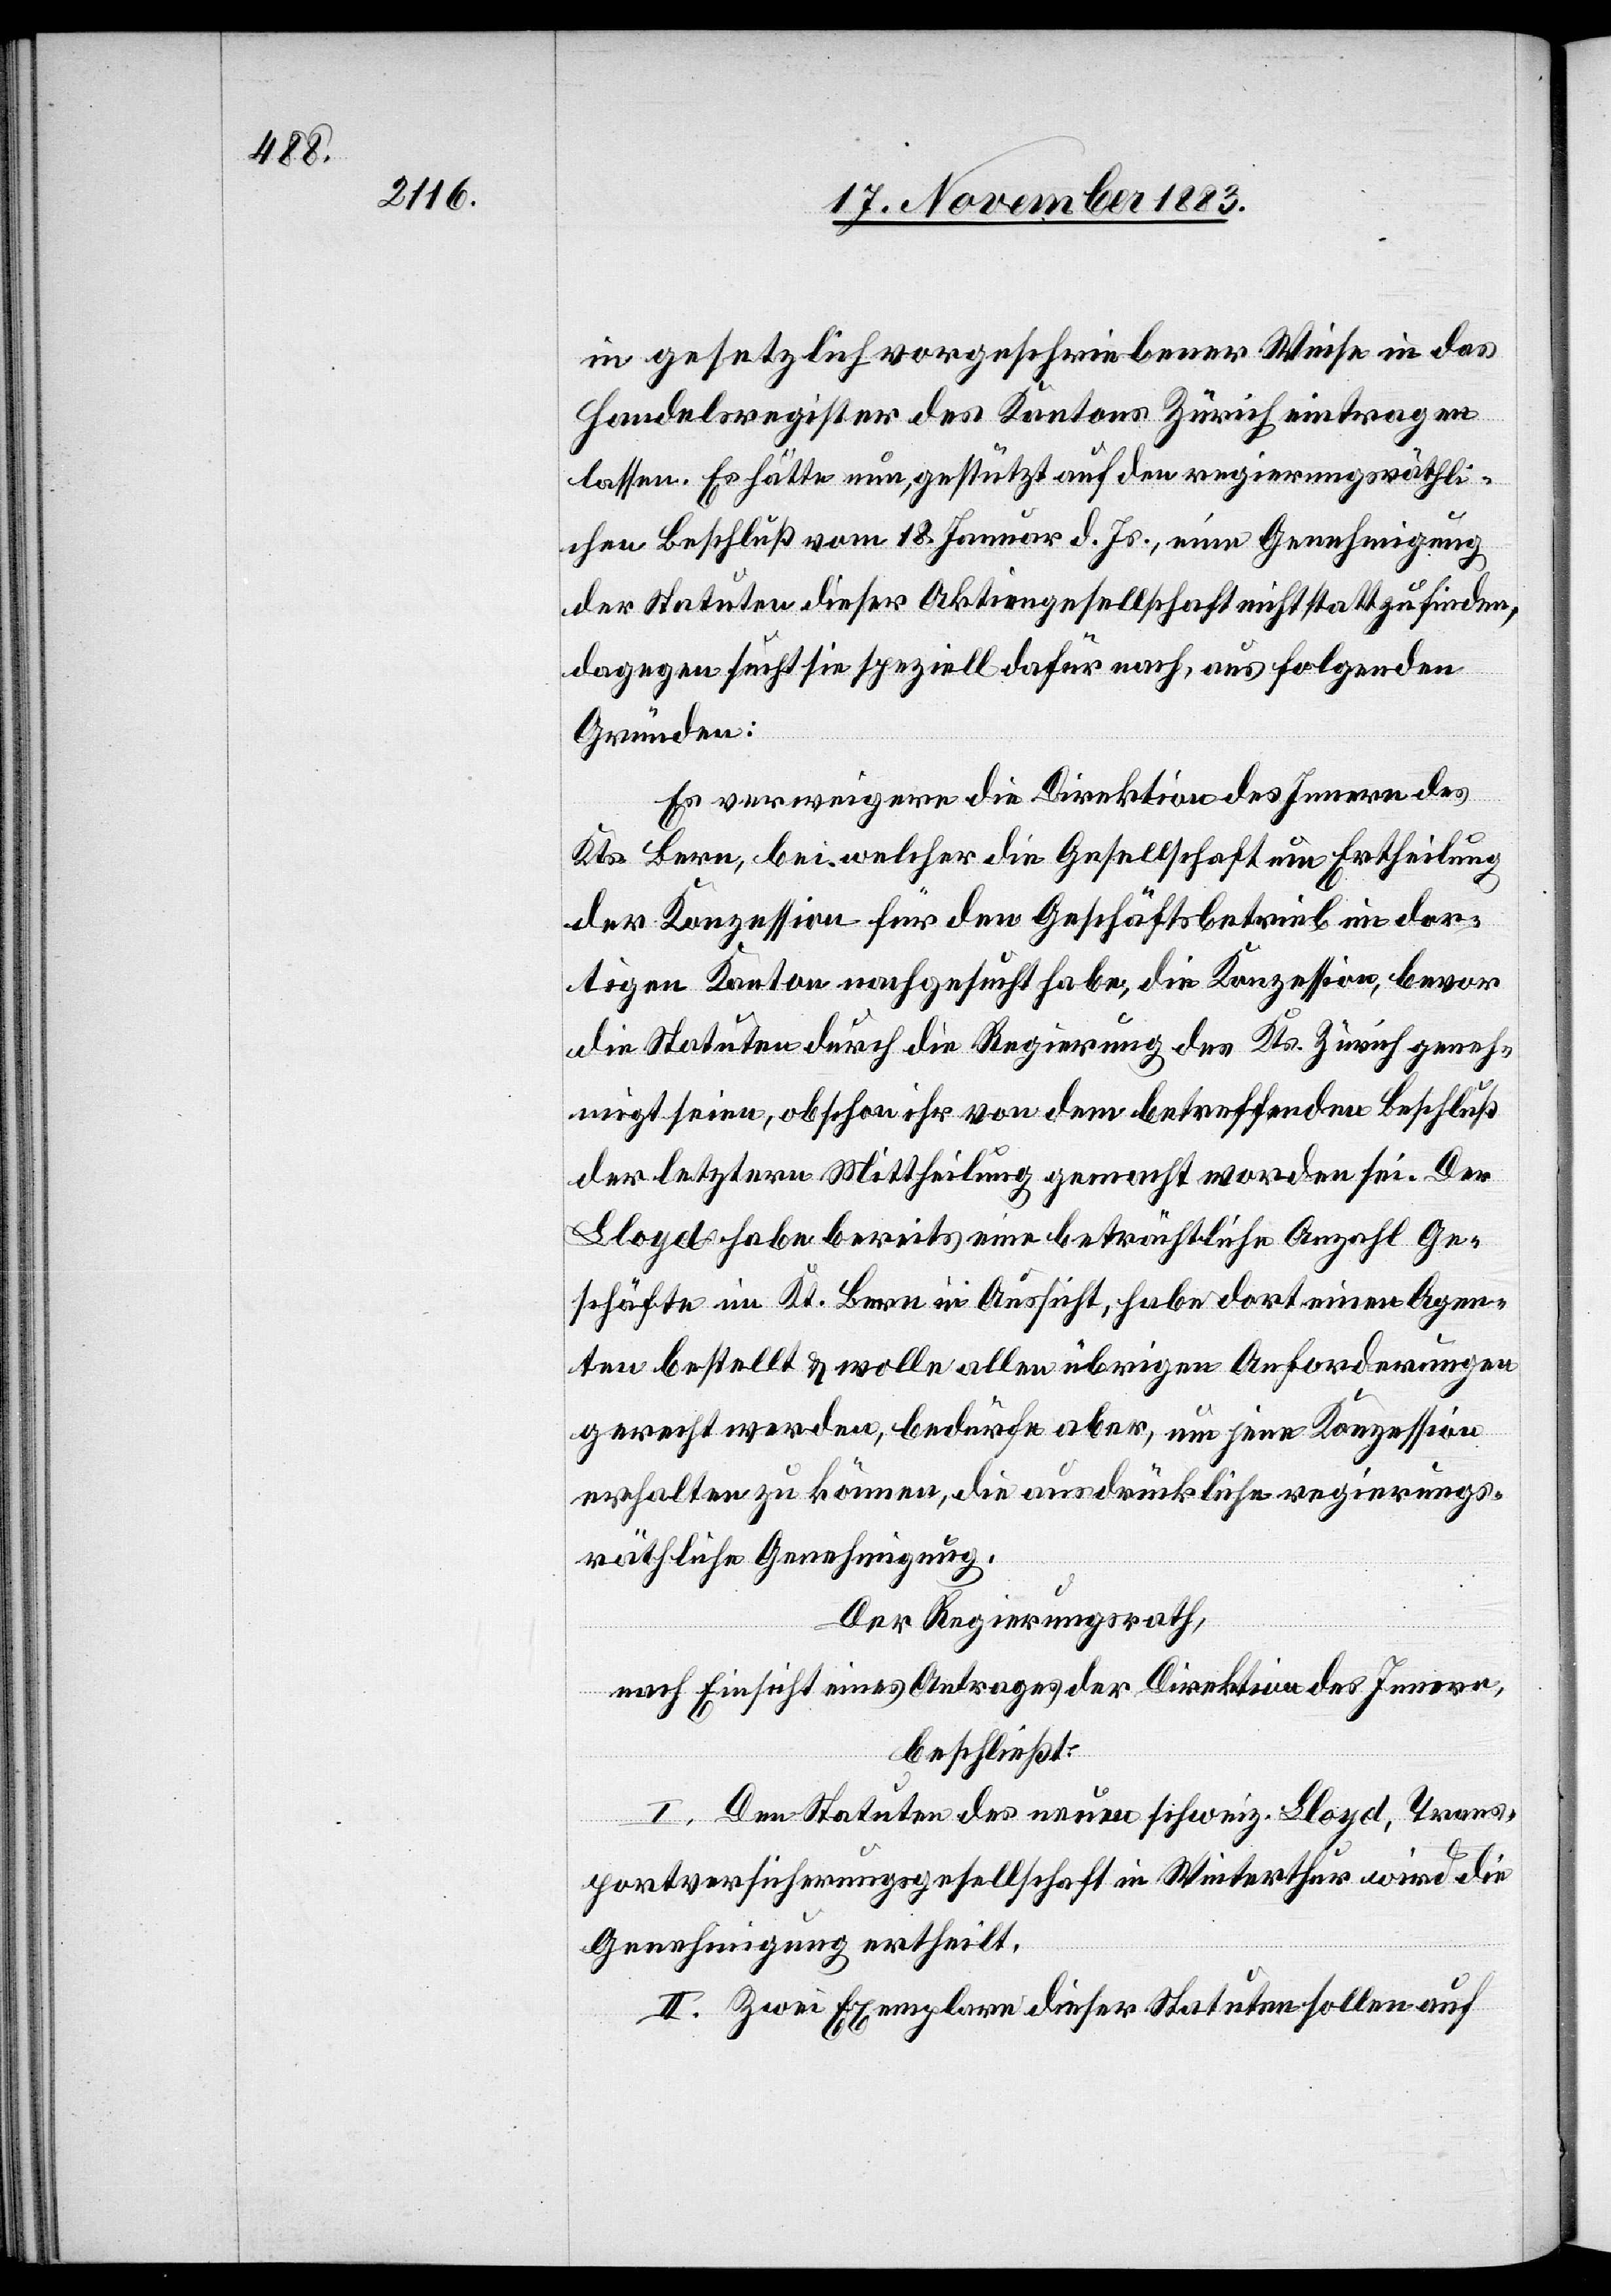
in gesetzlich vorgeschriebener Weise in das
Handelsregister des Kantons Zürich eintragen
lassen. Es hätte nun, gestützt auf den regierungsräthli¬
chen Beschluß vom 18. Januar d. Js., eine Genehmigung
der Statuten dieser Aktiengesellschaft nicht stattzufinden,
dagegen sucht sie speziell dafür nach, aus folgenden
Gründen:
Es verweigere die Direktion des Innern des
Kts. Bern, bei welcher die Gesellschaft um Ertheilung
der Konzession für den Geschäftsbetrieb im dor¬
tigen Kanton nachgesucht habe, die Konzession, bevor
die Statuten durch die Regierung des Kts. Zürich geneh¬
migt seien, obschon ihr von dem betreffenden Beschluß
der letztern Mittheilung gemacht worden sei. Der
Lloyd habe bereits eine beträchtliche Anzahl Ge¬
schäfte im Kt. Bern in Aussicht, habe dort einen Agen¬
ten bestellt & wolle allen übrigen Anforderungen
gerecht werden, bedürfe aber, um jene Konzession
erhalten zu können, die ausdrückliche regierungs¬
räthliche Genehmigung.
Der Regierungsrath,
nach Einsicht eines Antrages der Direktion des Innern,
beschließt:
I. Den Stauten des neuen schweiz. Lloyd, Trans¬
portversicherungsgesellschaft in Winterthur wird die
Genehmigung ertheilt.
II. Zwei Exemplare dieser Statuten sollen auf